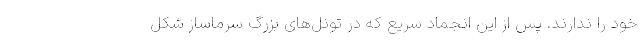
خود را ندارند. پس از این انجماد سریع که در تونل‌های بزرگ سرماساز شکل